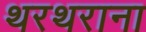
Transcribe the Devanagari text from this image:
थरथराना